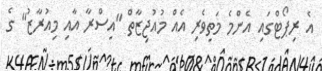
އެ ރިޕޯޓްގައި އެންމެ މަތިވެރި އެއް މުއުޖިޒާތް "އިސްރާ އާއި މިއުރާޒު" ގެ